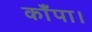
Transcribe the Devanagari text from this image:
काँपा।